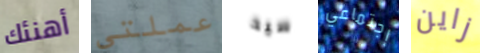
أهنئك عملتي سيد إجتماعي زاين